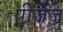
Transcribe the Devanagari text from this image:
पीजेज